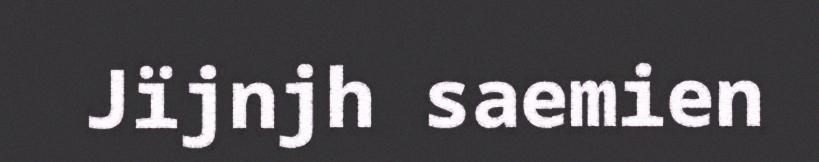
Jïjnjh saemien